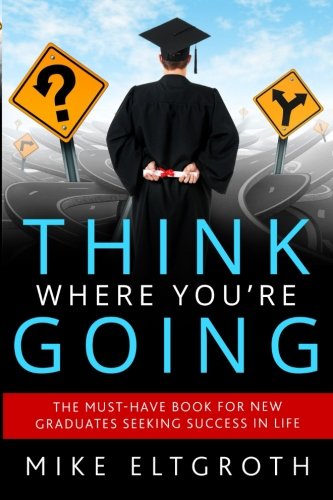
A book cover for Think Where You're Going: The must-have book for new graduates seeking success in life.; Mike Eltgroth; Teen & Young Adult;